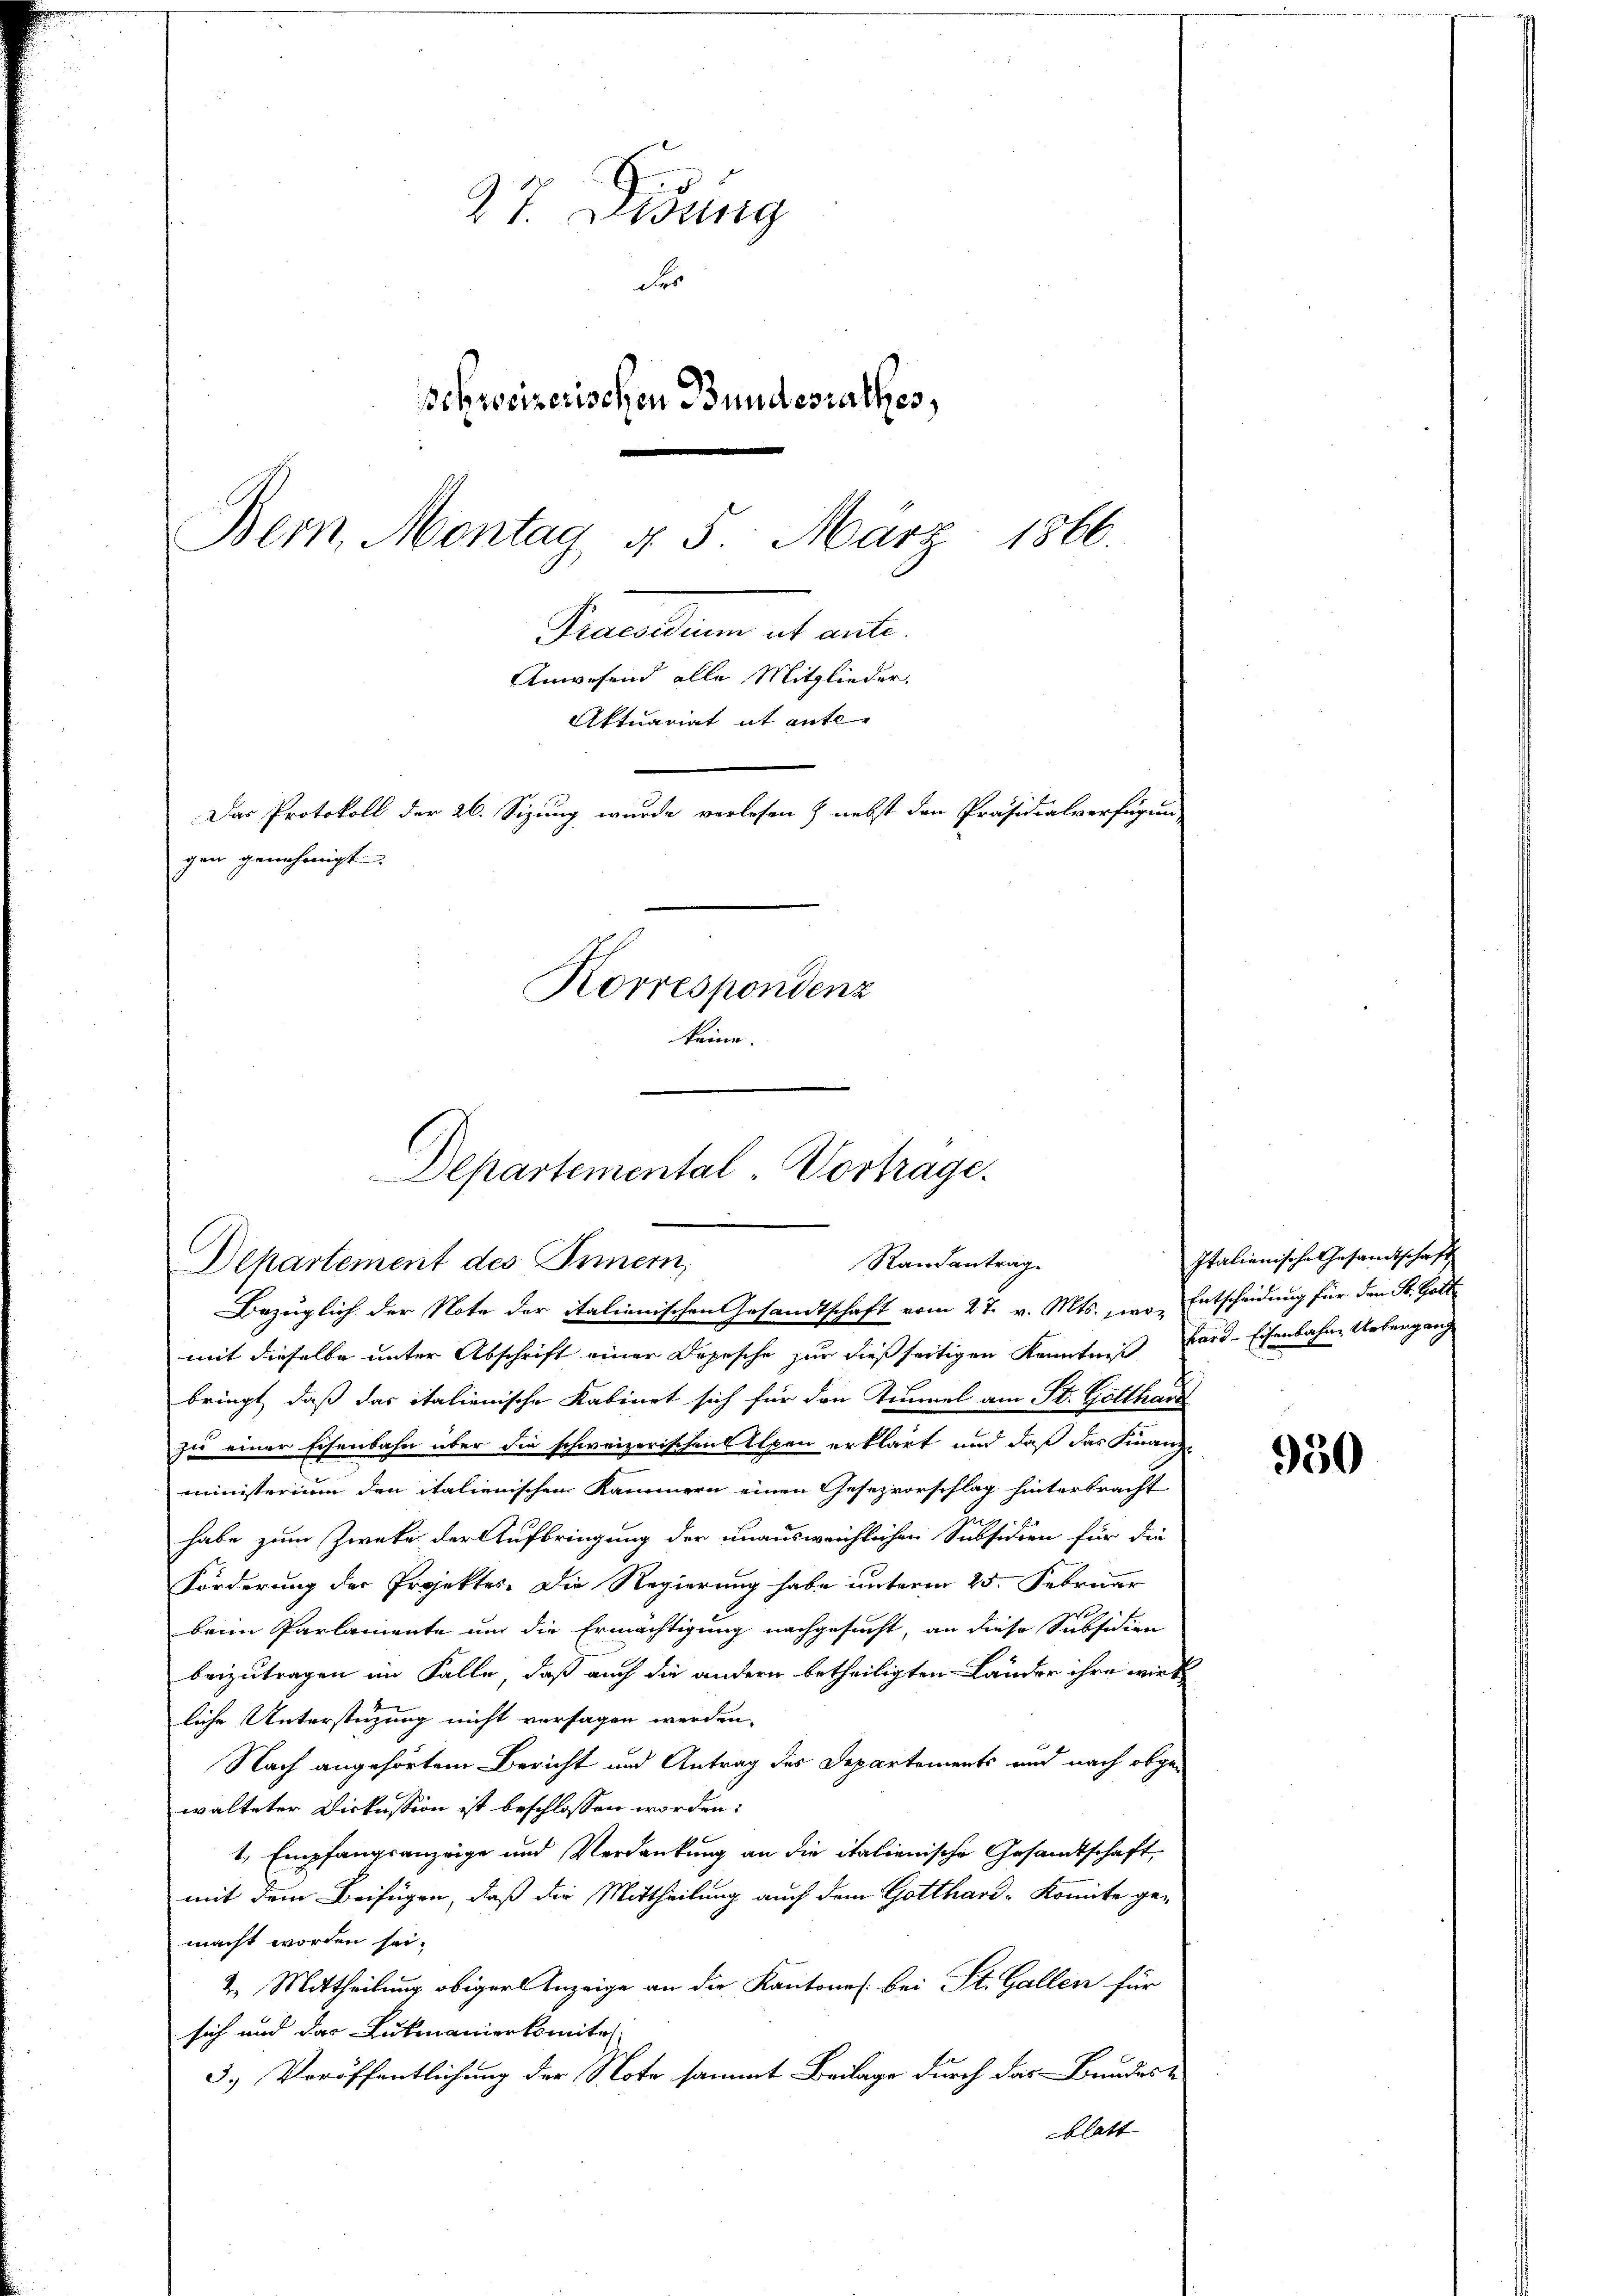
27. Didung
Fer
schweizerischen Bundesrathes,
1866.
Bern, Montag §. 5. März
Semmelten et abe
Anwesend alle Mitglieder.
Aktuariat it ente
Das Protokoll der 26. Sizung wurde verlesen & nebst den Präsidialverfügung
gen genehmigt
Korrespondenz
keine.

Departemental-Vortrage.
Randantrage
Departement des Innern,
Bezüglich der Note der italienischen Gesandtschaft vom 27. v. Mts., wo Entscheidung für den St. Gott

mit dieselbe unter Abschrift einer Depesche zur dießseitigen Kenntniß ford-Eisenbahne Untergang
bringt, daß das italienische Kabinet sich für den Simmel am St. Gotthard
zu einer Eisenbahn über die schweizerischen Alpen erklärt und daß das Finanz
ministerium den italienischen Kammern einen Gesezvorschlag hinterbracht
habe zum Zwecke der Aufbringung der unausweichlichen Subsidien für die
Förderung der Projektes. Die Regierung habe unterm 25. Februar
beim Parlamente und die Ermächtigung nachgesucht, an diese Subsidien
beizutragen im Falle, daß auch die andern betheiligten Länder ihre wirk
liche Unterstüzung nicht versagen werden.
Nach angehörtem Bericht und Antrag der Departements und nach abgewalteter Dickession ist beschlossen worden:
1. Empfangsanzeige und Verdankung an die italienische Gesandtschaft,
mit dem Beifügen, daß die Mittheilung auch dem Gotthard-Komite ge-
macht worden sei.
2. Mittheilung obiger Anzeige an die Kantones bei St. Gallen für
sich und das Lukmanierkomitel
3.) Veröffentlichung der Note sammt Beilage durch das Bundes
blatt |

Italienische Gesamtschaft

950